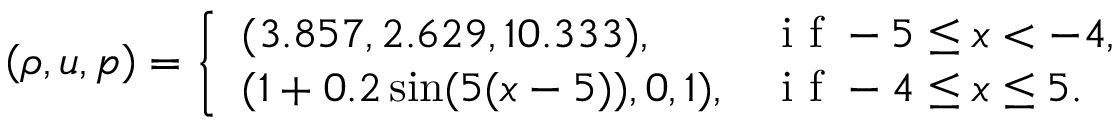
\left( \rho , u , p \right) = \left\{ \begin{array} { l l } { ( 3 . 8 5 7 , 2 . 6 2 9 , 1 0 . 3 3 3 ) , } & { \mathrm { ~ i ~ f ~ } - 5 \leq x < - 4 , } \\ { ( 1 + 0 . 2 \sin ( 5 ( x - 5 ) ) , 0 , 1 ) , } & { \mathrm { ~ i ~ f ~ } - 4 \leq x \leq 5 . } \end{array} \right.